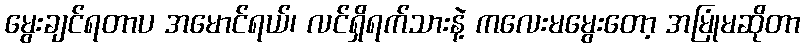
မွေးချင်ရတာပ အမောင်ရယ်၊ လင်ရှိရက်သားနဲ့ ကလေးမမွေးတော့ အမြုံမဆိုတာ